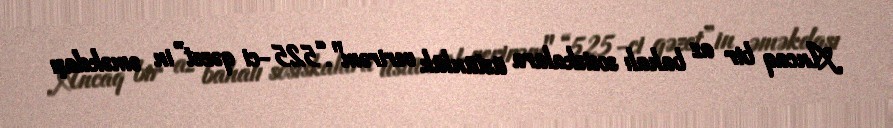
Ancaq bir az bahalı sosiskalara üstünlük verirəm".“525-ci qəzet”in əməkdaşı